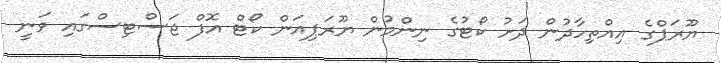
ޔޫރަޕްގެ އިއްތިހާދުން ދަށު ކޯޓުގެ ނިންމުން ޔޫރަޕިއަން ކޯޓް އޮފް ޖަސްޓިސްގައި ވަނީ